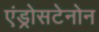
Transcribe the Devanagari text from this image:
एंड्रोसटेनोन